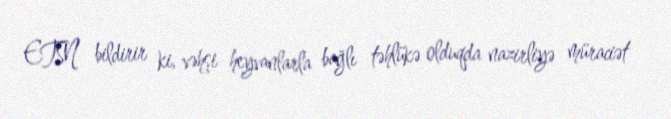
ETSN bildirir ki, vəhşi heyvanlarla bağlı təhlükə olduqda nazirliyə müraciət